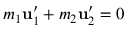
m _ { 1 } \mathbf { u } _ { 1 } ^ { \prime } + m _ { 2 } \mathbf { u } _ { 2 } ^ { \prime } = { \boldsymbol { 0 } }